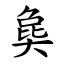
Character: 㚟